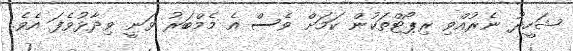
ޝަހީދު ނެރުއްވި ރިޕޯޓްތަކުން ކަމަށް ވެސް އެ މެމްބަރު ވަނީ ވިދާޅުވެފަ އެވެ.